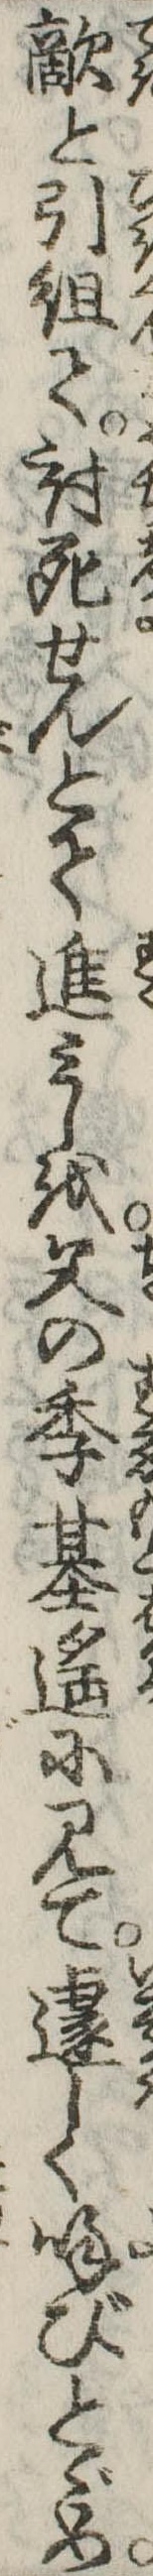
敵と引組て討死せんとて進みしを父の季基遥に見て遽しく呼びとゞめ